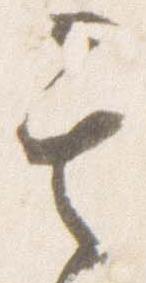
其